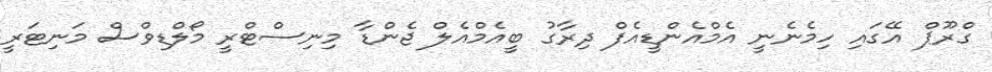
ގްރޫޕް އޭގައި ހިމެނެނީ އެމްއެންޑީއެފް ދިރާގު ބީއެމްއެލް ޖެންޑާ މިނިސްޓްރީ މޯލްޑިވްސް މަނިޓަރީ